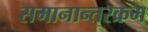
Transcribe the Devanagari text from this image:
समानान्तरक्रम